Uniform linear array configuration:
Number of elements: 64
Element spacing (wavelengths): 0.25
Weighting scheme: hamming
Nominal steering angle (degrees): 0
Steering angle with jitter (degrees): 1.825
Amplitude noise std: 0.05
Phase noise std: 0.05

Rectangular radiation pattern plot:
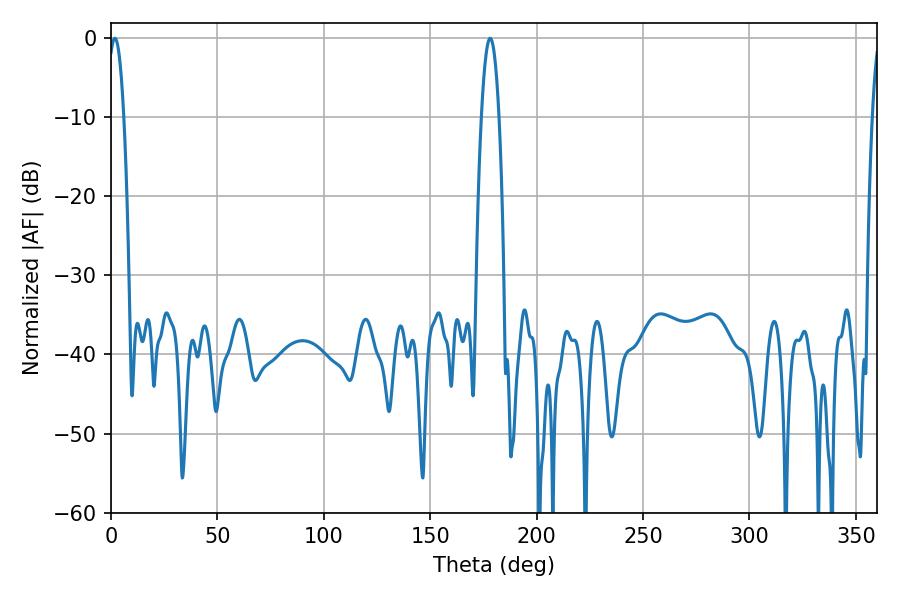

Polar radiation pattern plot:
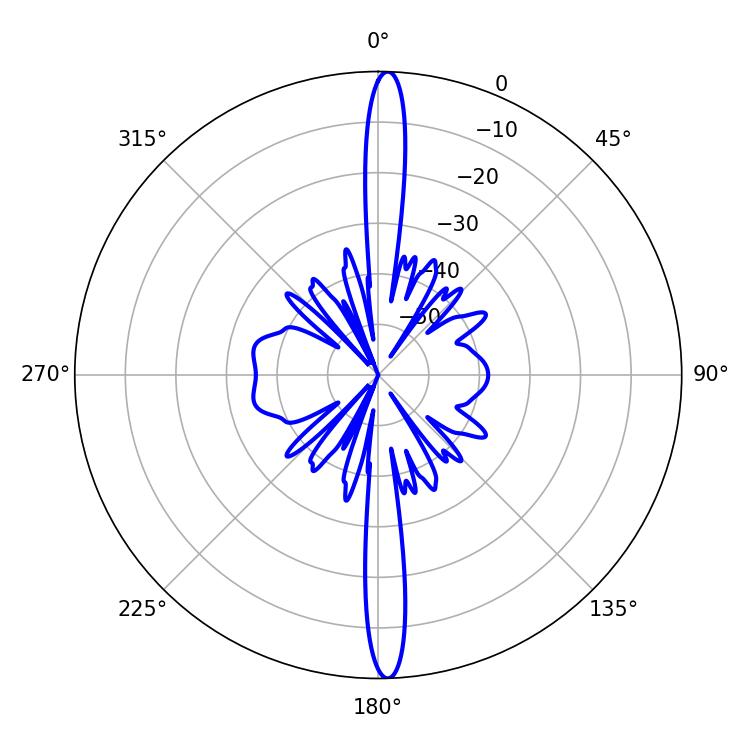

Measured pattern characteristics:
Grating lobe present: FALSE
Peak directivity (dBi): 25.638
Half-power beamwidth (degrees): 4.14
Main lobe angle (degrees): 1.8